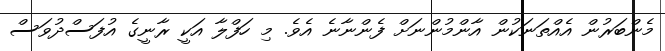
މެންބަރުން އެއްތަނަކުން އާންމުންނަށް ފެންނާނެ އެވެ. މި ހަފްލާ އަކީ ރާނީގެ އުފަސްދުވަސް